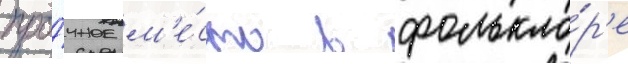
про́чное м'е́сто в фолькло́р'е